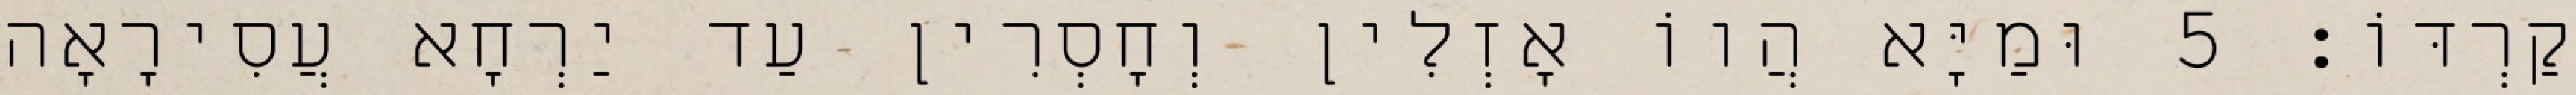
קַרְדּוֹ׃ 5 וּמַיָּא הֲווֹ אָזְלִין וְחָסְרִין עַד יַרְחָא עֲסִירָאָה